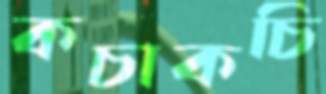
কচাকচি